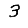
Digit: 3